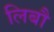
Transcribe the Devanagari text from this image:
लिबौ